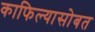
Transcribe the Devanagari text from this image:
काफिल्यासोबत